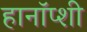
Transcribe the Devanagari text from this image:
हानॉप्शी